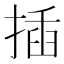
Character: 插